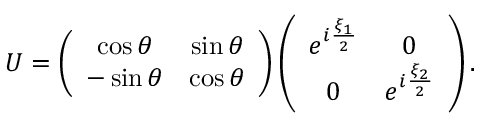
U = \left( \begin{array} { c c } { { \cos \theta } } & { { \sin \theta } } \\ { { - \sin \theta } } & { { \cos \theta } } \end{array} \right) \left( \begin{array} { c c } { { e ^ { i \frac { \xi _ { 1 } } { 2 } } } } & { { 0 } } \\ { { 0 } } & { { e ^ { i \frac { \xi _ { 2 } } { 2 } } } } \end{array} \right) .